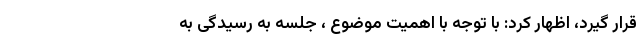
قرار گیرد، اظهار کرد: با توجه با اهمیت موضوع ، جلسه به رسیدگی به